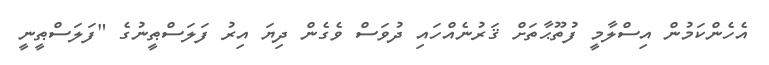
އެހެންކަމުން އިސްލާމީ ފުތޫޙާތަށް ޤަރުނެއްހައި ދުވަސް ވެގެން ދިޔަ އިރު ފަލަސްޠީނުގެ "ފަލަސްޠީނީ